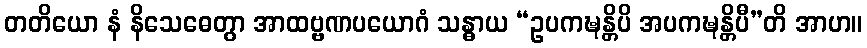
တတိယော နံ နိသေဓေတွာ အာထဗ္ဗဏပယောဂံ သန္ဓာယ “ဥပကဍ္ဎန္တိပိ အပကဍ္ဎန္တိပီ”တိ အာဟ။